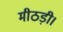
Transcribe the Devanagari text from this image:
मीठड़ी।